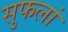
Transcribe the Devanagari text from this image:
सुफलां